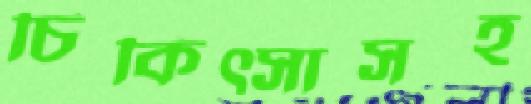
চিকিত্সাসহ